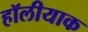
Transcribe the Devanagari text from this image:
हॉलीयाक